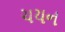
ચયન